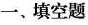
一、填空题